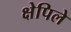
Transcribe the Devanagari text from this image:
क्षेपिले